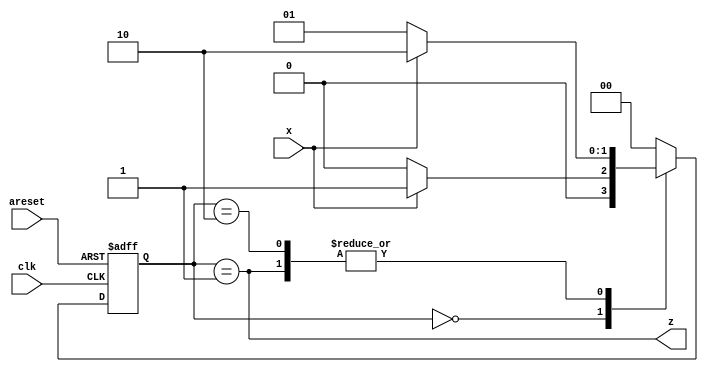
module top_module (
    input clk,
    input areset,
    input x,
    output z
); 
    
    localparam S0 = 2'b00;
    localparam S1 = 2'b01;
    localparam S2 = 2'b10;
    
    reg [1:0] state,state_n;
    
    always @(*) begin
        case(state)
            S0: state_n = x? S1 : S0;
            S1: state_n = x? S2 : S1;
            S2: state_n = x? S2 : S1;
            default: state_n = S0;
        endcase
    end

    always @(posedge clk or posedge areset) begin
        if(areset) begin
            state <= S0;
        end
        else begin
            state <= state_n;
        end  
    end
    
    assign z = (state==S1);
    
endmodule